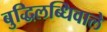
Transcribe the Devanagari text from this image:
बुद्धिलब्धिवाले